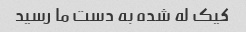
کیک له شده به دست ما رسید